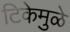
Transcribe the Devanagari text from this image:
टिकेमुळे